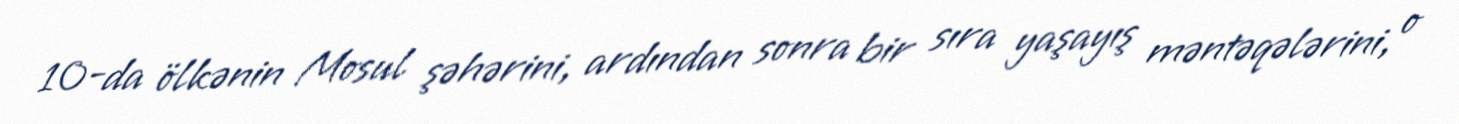
10-da ölkənin Mosul şəhərini, ardından sonra bir sıra yaşayış məntəqələrini, o